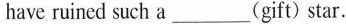
have ruined such a ___ (gift) star.